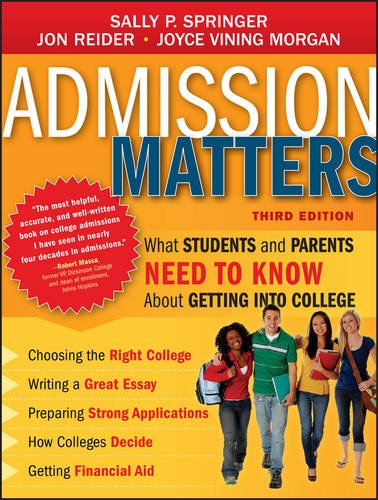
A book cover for Admission Matters: What Students and Parents Need to Know About Getting into College; Sally P. Springer; Education & Teaching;